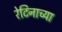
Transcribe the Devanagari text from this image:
रेटिनाच्या